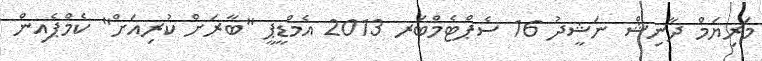
މަރިޔަމް ދާނިޝް ނަޝީދު 16 ސެޕްޓެމްބަރ 2013 އެމްޑީޕީ "ބާރަށް ކުރިއަށް" ކެމްޕެއިން